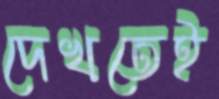
দেখতেই